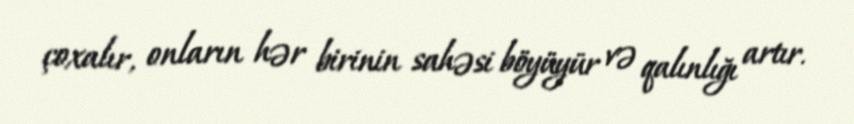
çoxalır, onların hər birinin sahəsi böyüyür və qalınlığı artır.